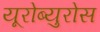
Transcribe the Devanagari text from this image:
यूरोब्युरोस